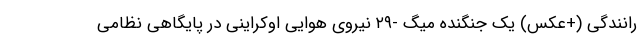
رانندگی (+عکس) یک جنگنده میگ -۲۹ نیروی هوایی اوکراینی در پایگاهی نظامی